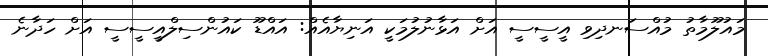
މައުލޫމާތު މުއްސަނދިވި އީސީސީ އަށް އަޅާނުލުމަކީ އަނިޔާއެއް: އައްޑޫ ކައުންސިލްއީސީސީ އަށް ހަދާނެ